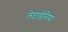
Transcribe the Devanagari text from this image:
लेप्टाडेनिया